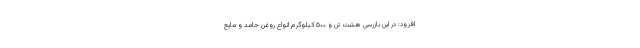
افزود: در این بازرسی هشت تن و ۵۰۰ کیلوگرم انواع روغن جامد و مایع